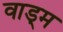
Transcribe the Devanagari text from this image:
वाड्म